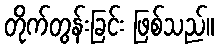
တိုက်တွန်းခြင်း ဖြစ်သည်။